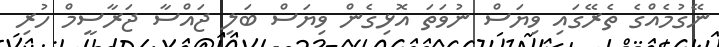
ނޭގުމެއްގެ ތެރޭގައި ވިޔަސް ނުވަތަ އޮޅިގެން ވިޔަސް ބަލި ޖައްސާ ޖަރާސީމް ހުރި